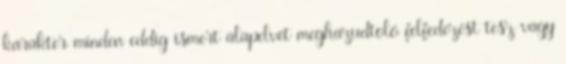
karakter minden eddig ismert alapelvet meghazudtoló felfedezést tesz vagy